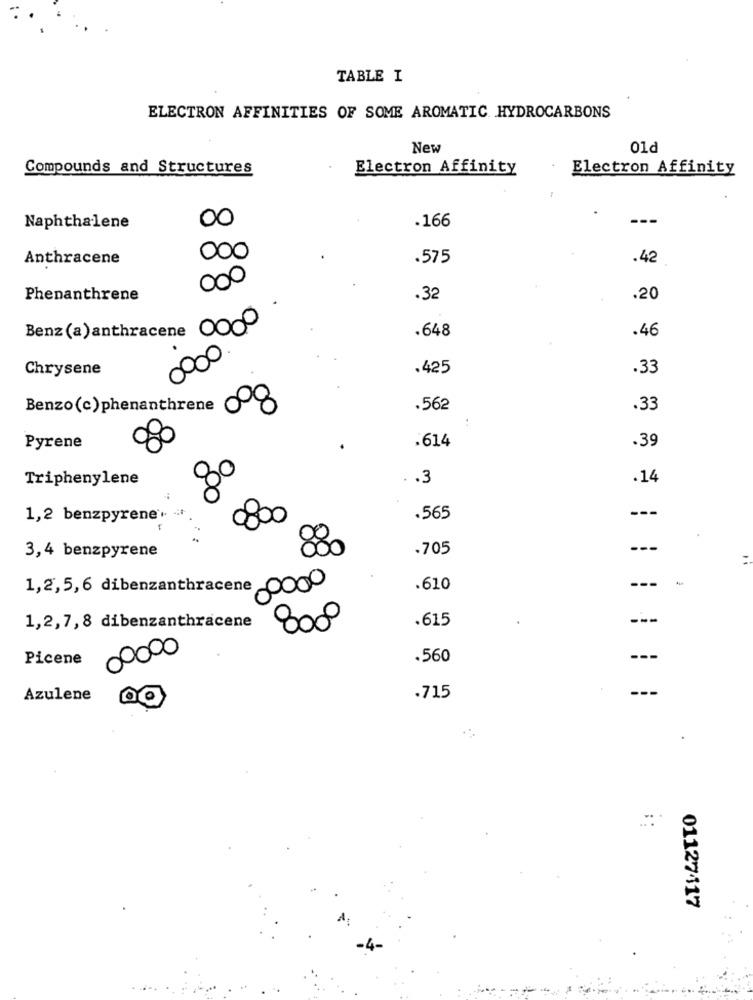
TABLE I
ELECTRON AFFINITIES OF SOME AROMATIC HYDROCARBONS
New
01d
Compounds and Structures
Electron Affinity
Electron Affinity
00
.166
---
Naphthalene
Anthracene
000
.575
.42
000
Phenanthrene
.32
.20
0000
.648
.46
Benz (a) anthracene
0000
Chrysene
.425
.33
Benzo(c) phenanthrene
.562
.33
.614
.39
Pyrene
00
Triphenylene
. . 3
.14
1,2 benzpyrene. +++
.565
---
-
3,4 benzpyrene
880
.705
---
1,2,5,6 dibenzanthracene 000
.610
---
.615
1,2,7,8 dibenzanthracene
800
00000
Picene
.560
.715
--.
Azulene
01127417